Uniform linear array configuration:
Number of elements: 12
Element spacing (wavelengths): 0.75
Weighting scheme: kaiser
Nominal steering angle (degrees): -15
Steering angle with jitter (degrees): -13.092
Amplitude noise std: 0.05
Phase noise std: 0.05

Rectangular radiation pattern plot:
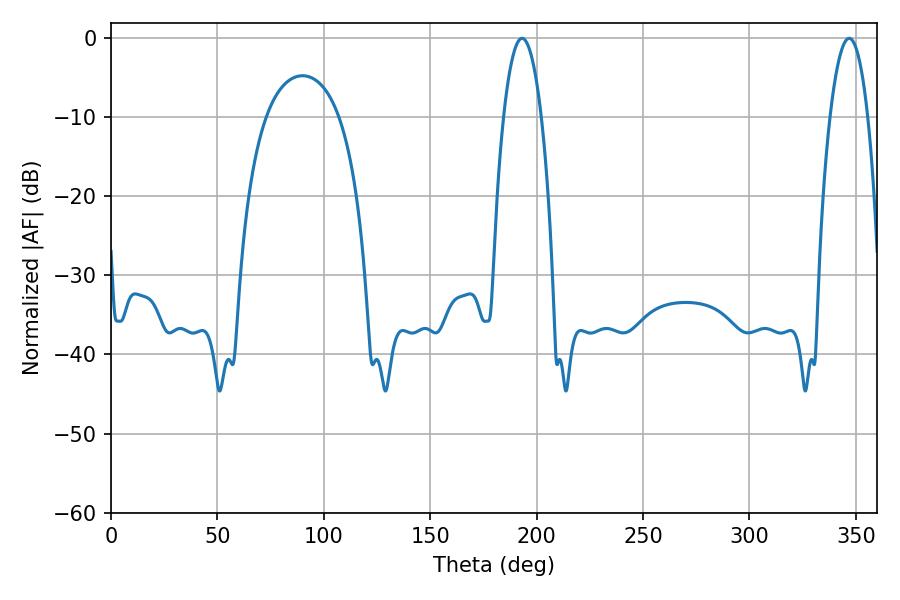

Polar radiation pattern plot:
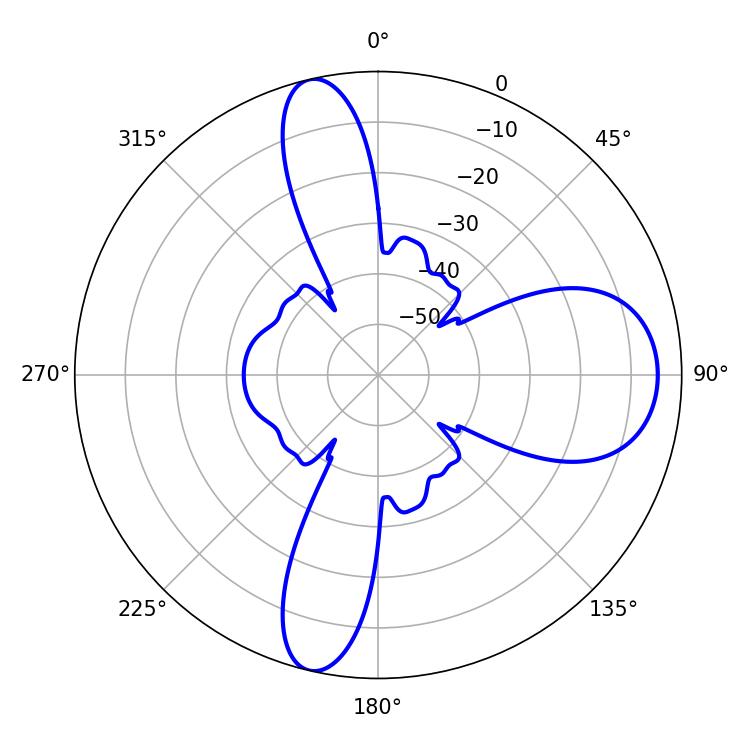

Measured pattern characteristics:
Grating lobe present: TRUE
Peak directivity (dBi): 14.334
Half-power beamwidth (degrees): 9.9
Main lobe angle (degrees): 193.14